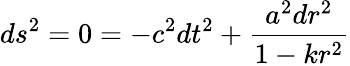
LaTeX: ds^{2}=0=-c^{2}dt^{2}+{\frac{a^{2}dr^{2}}{1-kr^{2}}}